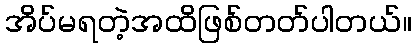
အိပ်မရတဲ့အထိဖြစ်တတ်ပါတယ်။